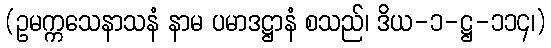
(ဥမက္ကသေနာသနံ နာမ ပမာဒဋ္ဌာနံ စသည်၊ ဒိယ-၁-ဋ္ဌ-၁၁၄၊)